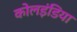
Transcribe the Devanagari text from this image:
कोलइंडिया